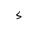
Letter: _hamza